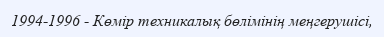
1994-1996 - Көмір техникалық бөлімінің меңгерушісі,